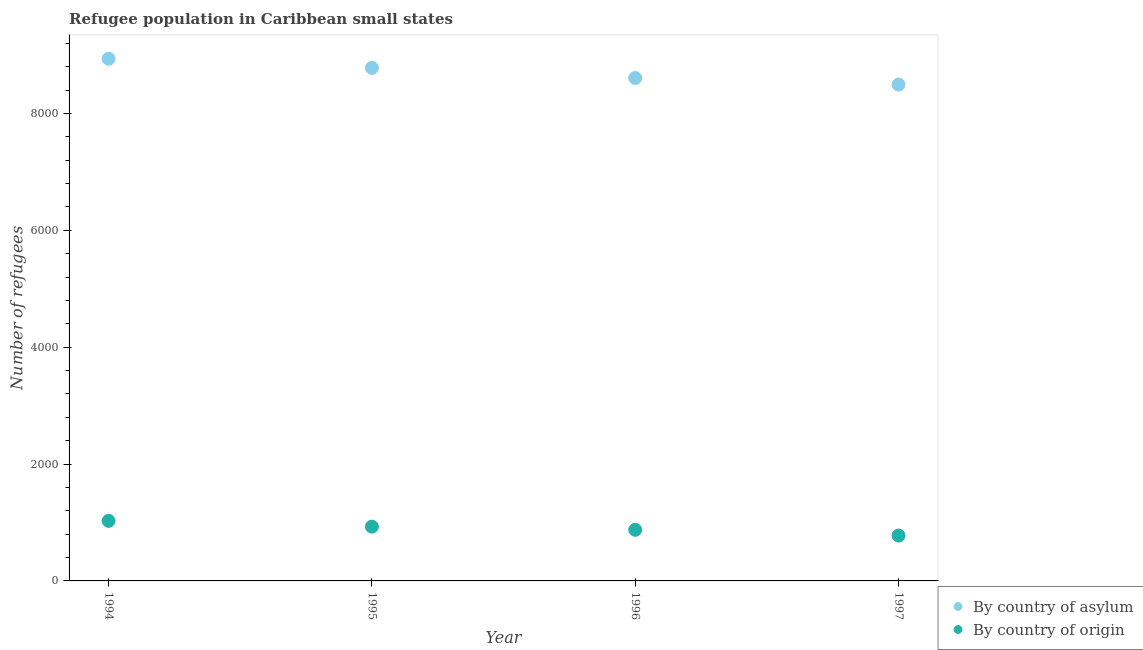
| Year | By country of asylum | By country of origin |
 | --- | --- | --- |
 | 1994 | 8.94e+03 | 1.03e+03 |
 | 1995 | 8.78e+03 | 929 |
 | 1996 | 8.61e+03 | 875 |
 | 1997 | 8.5e+03 | 776 |